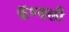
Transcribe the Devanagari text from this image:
फ्रॅण्डली